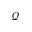
\mathscr { Q }